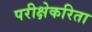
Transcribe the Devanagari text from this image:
परीक्षेकरिता